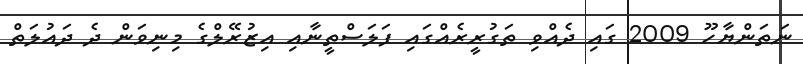
ނަތަންޔާހޫ 2009 ގައި ދެއްވި ތަގުރީރެއްގައި ފަލަސްތީނާއި އިޒުރޭލްގެ މިނިވަން ދެ ދައުލަތް